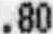
.80